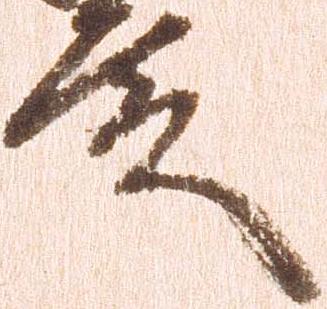
殿